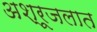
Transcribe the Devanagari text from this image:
अश्रूजलात